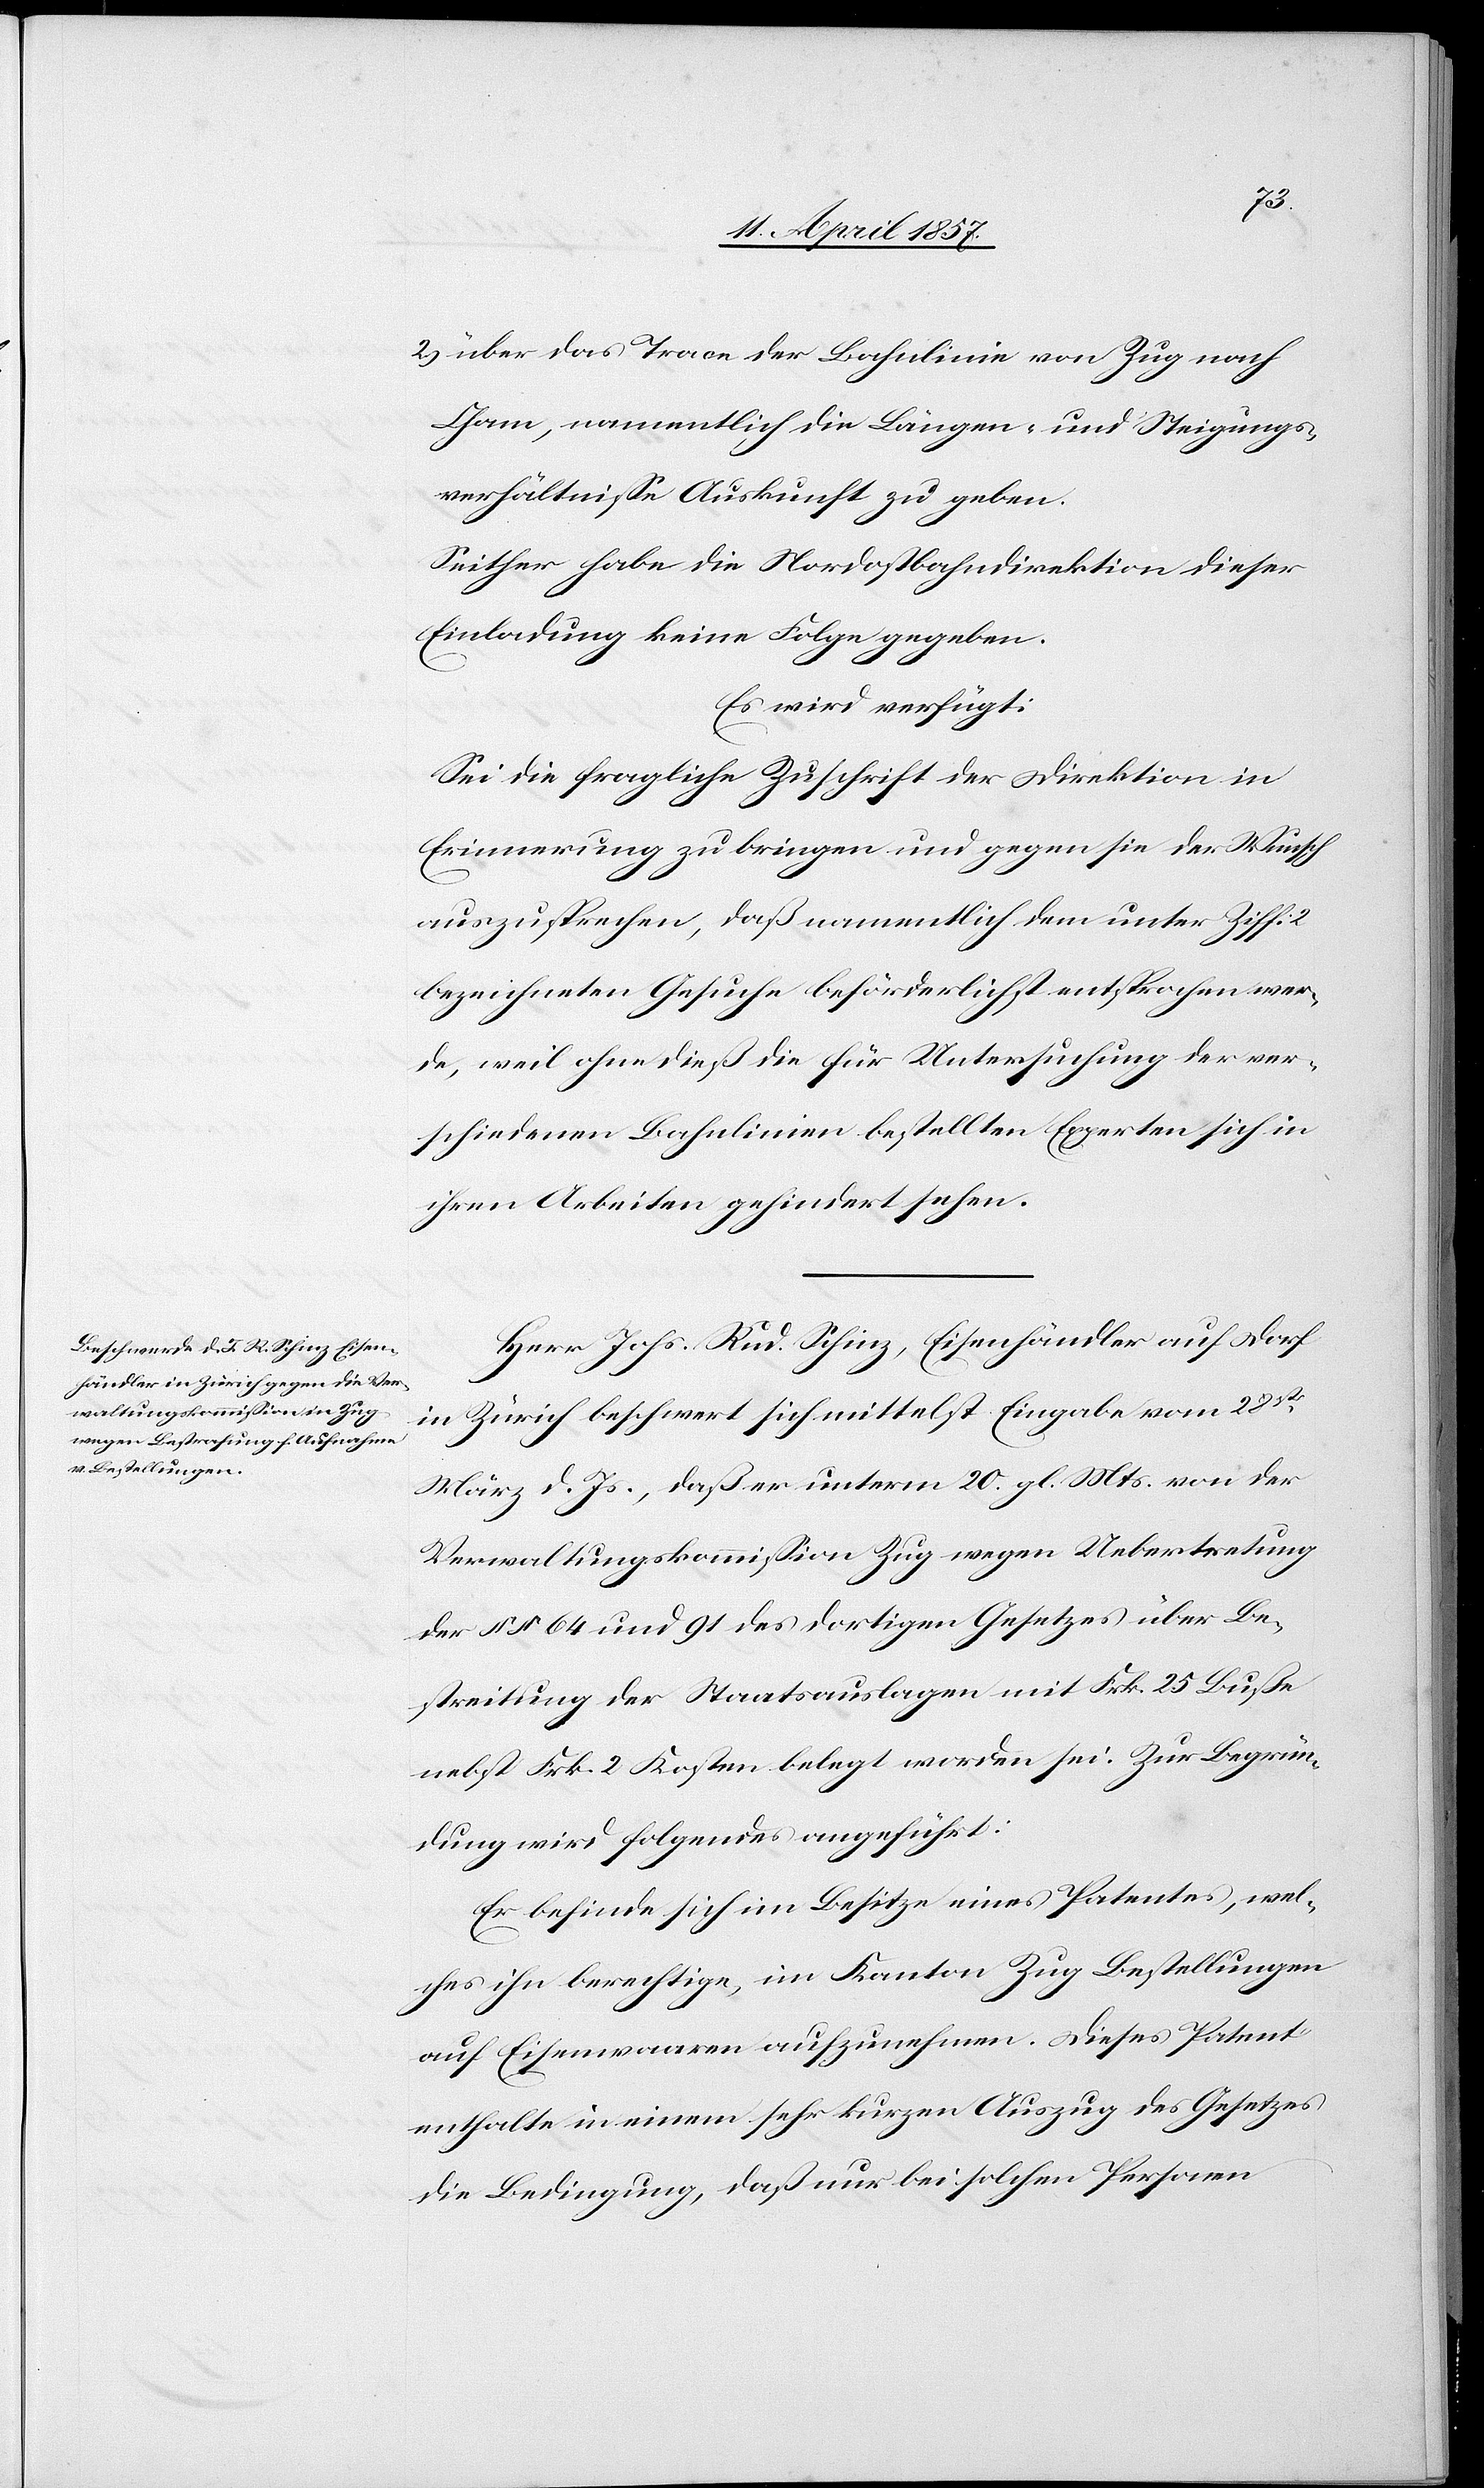
2.) über das Trace der Bahnlinie von Zug nach
Cham, namentlich die Längen- und Steigungs¬
verhältnisse Auskunft zu geben.
Seither habe die Nordostbahndirektion dieser
Einladung keine Folge gegeben.
Es wird verfügt:
Sei die fragliche Zuschrift der Direktion in
Erinnerung zu bringen und gegen sie der Wunsch
auszusprechen, daß namentlich dem unter Ziff: 2
bezeichneten Gesuche beförderlichst entsprochen wer¬
de, weil ohne dieß die für Untersuchung der ver¬
schiedenen Bahnlinien bestellten Experten sich in
ihren Arbeiten gehindert sehen.
Herr Johs. Rud. Schinz, Eisenhändler auf Dorf
in Zürich beschwert sich mittelst Eingabe vom 28st
März d. Js., daß er unterm 20. gl. Mts. von der
Verwaltungskommission Zug wegen Uebertretung
der §§ 64 und 91 des dortigen Gesetzes über Be¬
streitung der Staatsauslagen mit Frk. 25 Buße
nebst Frk. 2 Kosten belegt worden sei. Zur Begrün¬
dung wird folgendes angeführt:
Er befinde sich im Besitz eines Patentes, wel¬
ches ihn berechtige, im Kanton Zug Bestellungen
auf Eisenwaaren aufzunehmen. Dieses Paten
enthalte in einem sehr kurzen Auszug des Gesetzes
die Bedingung, daß nur bei solchen Personen